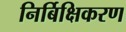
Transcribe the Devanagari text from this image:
निर्बिक्षिकरण